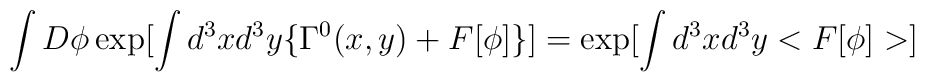
\int D \phi\exp[\int d^3x d^3y \{ \Gamma^0(x,y) + F[\phi] \}] =\exp[\int d^3x d^3y<F[\phi ]>]